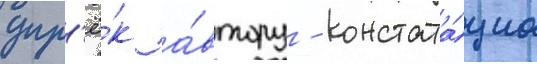
упр'ё́к а́втору - констата́циа